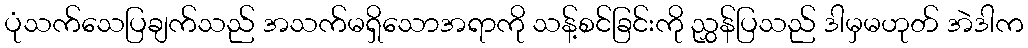
ပုံသက်သေပြချက်သည် အသက်မရှိသောအရာကို သန့်စင်ခြင်းကို ညွှန်ပြသည် ဒါမှမဟုတ် အဲဒါက